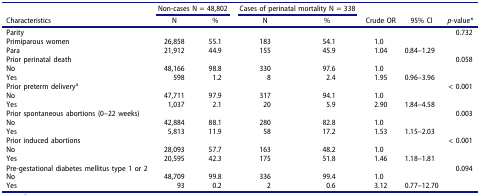
| <ROWSPAN=2> Characteristics | <COLSPAN=2> Non-cases N = 48,802 | <COLSPAN=2> Cases of perinatal mortality N = 338 | <ROWSPAN=2> Crude OR | <ROWSPAN=2> 95% CI | <ROWSPAN=2> p-value* |
 | N | % | N | % |
 | --- | --- | --- | --- | --- | --- | --- | --- |
 | Parity |  |  |  |  |  |  | 0.732 |
 | Primiparous women | 26,858 | 55.1 | 183 | 54.1 | 1.0 |  |  |
 | Para | 21,912 | 44.9 | 155 | 45.9 | 1.04 | 0.84–1.29 |  |
 | Prior perinatal death |  |  |  |  |  |  | 0.058 |
 | No | 48,166 | 98.8 | 330 | 97.6 | 1.0 |  |  |
 | Yes | 598 | 1.2 | 8 | 2.4 | 1.95 | 0.96–3.96 |  |
 | Prior preterm deliverya |  |  |  |  |  |  | < 0.001 |
 | No | 47,711 | 97.9 | 317 | 94.1 | 1.0 |  |  |
 | Yes | 1,037 | 2.1 | 20 | 5.9 | 2.90 | 1.84–4.58 |  |
 | Prior spontaneous abortions (0–22 weeks) |  |  |  |  |  |  | 0.003 |
 | No | 42,884 | 88.1 | 280 | 82.8 | 1.0 |  |  |
 | Yes | 5,813 | 11.9 | 58 | 17.2 | 1.53 | 1.15–2.03 |  |
 | Prior induced abortions |  |  |  |  |  |  | < 0.001 |
 | No | 28,093 | 57.7 | 163 | 48.2 | 1.0 |  |  |
 | Yes | 20,595 | 42.3 | 175 | 51.8 | 1.46 | 1.18–1.81 |  |
 | Pre-gestational diabetes mellitus type 1 or 2 |  |  |  |  |  |  | 0.094 |
 | No | 48,709 | 99.8 | 336 | 99.4 | 1.0 |  |  |
 | Yes | 93 | 0.2 | 2 | 0.6 | 3.12 | 0.77–12.70 |  |